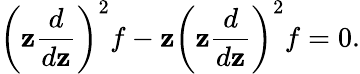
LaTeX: \left(\mathbf{z}\frac{{d}}{{d\mathbf{z}}}\right)^{2}f-\mathbf{z}\left(\mathbf{z}\frac{{d}}{{d\mathbf{z}}}\right)^{2}f=0.